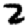
Digit: 2